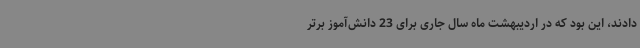
دادند، این بود که در اردیبهشت ماه سال جاری برای 23 دانش‌آموز برتر